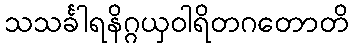
သသင်္ခါရနိဂ္ဂယှဝါရိတဂတောတိ